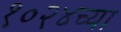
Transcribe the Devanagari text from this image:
१०२४च्या